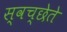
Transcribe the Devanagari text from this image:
स्वच्छेते